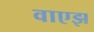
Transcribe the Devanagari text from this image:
वाएझ